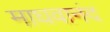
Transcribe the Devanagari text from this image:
माघवानंद